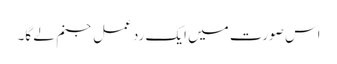
اس صورت میں ایک رد عمل جنم لے گا۔